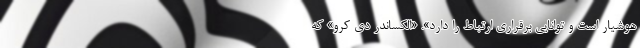
هوشیار است و توانایی برقراری ارتباط را دارد». «الکساندر دی کرو» که